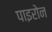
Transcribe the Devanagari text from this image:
पाइरोन